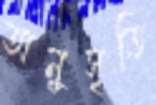
অনুসৃতি